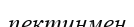
пектинмен